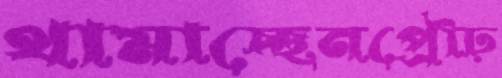
থামাচ্ছেনপ্রৌঢ়